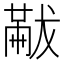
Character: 𠕯